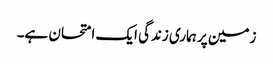
زمین پر ہماری زندگی ایک امتحان ہے۔